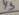
Text: y5